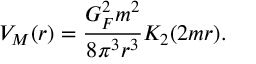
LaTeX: V _ { M } ( r ) = \frac { G _ { F } ^ { 2 } m ^ { 2 } } { 8 \pi ^ { 3 } r ^ { 3 } } K _ { 2 } ( 2 m r ) .